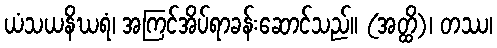
ယံသယနိဃရံ၊ အကြင်အိပ်ရာခန်းဆောင်သည်။ (အတ္ထိ)၊ တဿ၊